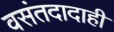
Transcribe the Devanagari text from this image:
वसंतदादाही